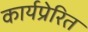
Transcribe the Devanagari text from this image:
कार्यप्रेरित